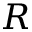
R